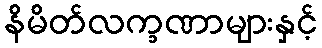
နိမိတ်လက္ခဏာများနှင့်